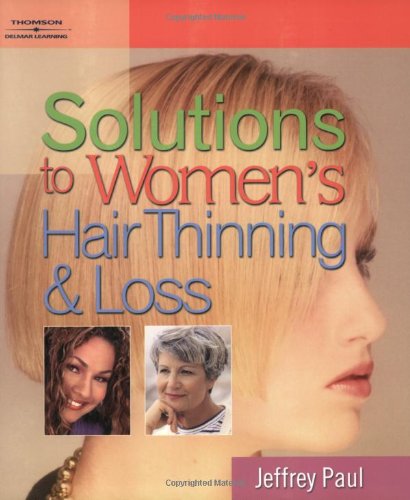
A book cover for Solutions to Women's Hair Thinning and Loss: Restoring Beautiful Hair; Jeffrey Paul; Health, Fitness & Dieting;